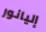
إليانور